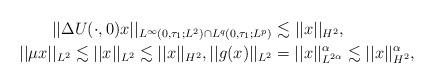
LaTeX: \begin{align*}||\Delta U(\cdot,0)x||_{L^{\infty}(0,\tau_1;L^2)\cap L^{q}(0,\tau_1;L^{p})}&\lesssim ||x||_{H^2}, \\||\mu x||_{L^2} \lesssim ||x||_{L^2} \lesssim ||x||_{H^2}, ||g(x)||_{L^2}&=||x||^{\alpha}_{L^{2\alpha}}\lesssim ||x||^{\alpha}_{H^2}, \end{align*}